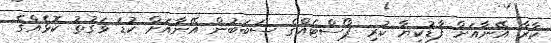
ކާރާ އޭނާއަށް ފާޑުކިޔާ ކުރި ޕޯސްޓެއްގެ ސަބަބުން އޭނާއަށް ކުޑަ ވަގުތު ކޮޅެއްގެ